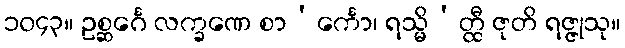
၁၀၄၃။ ဥစ္ဆင်္ဂေ လက္ခဏေ စာ’င်္ကော၊ ရသ္မိ’တ္ထီ ဇုတိ ရဇ္ဇုသု။